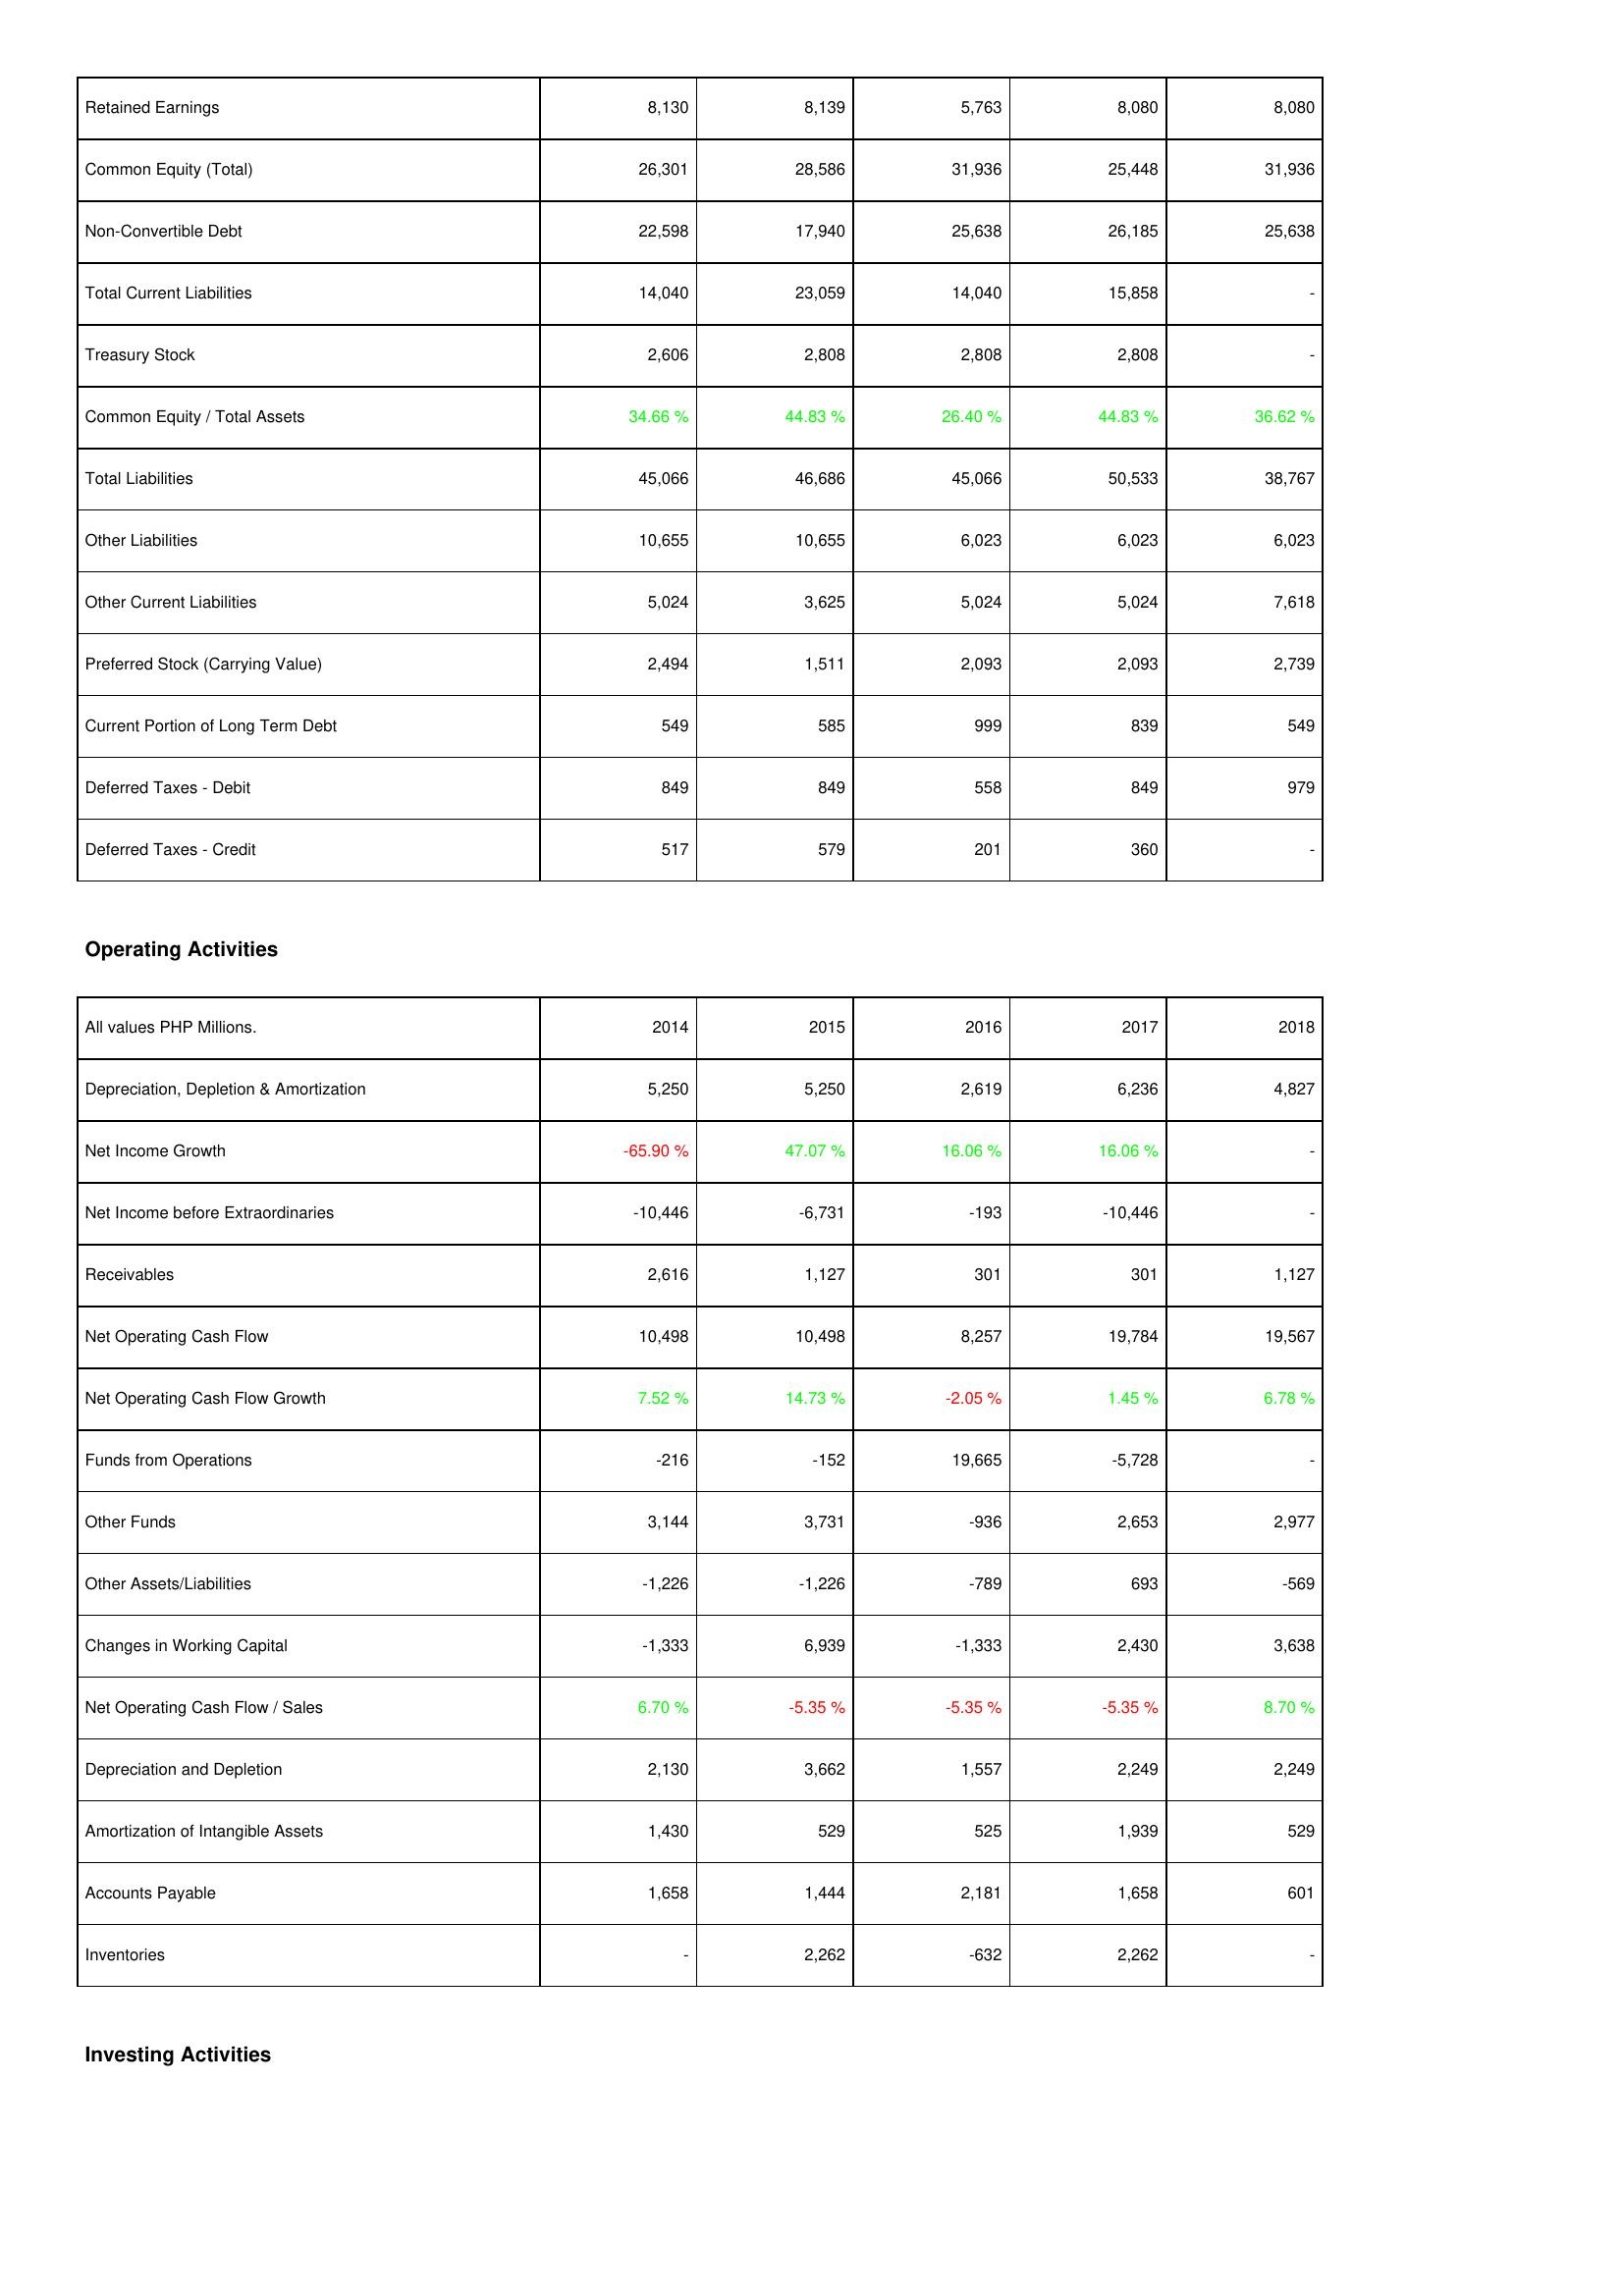
2014: Liabilities & Shareholders' Equity: Retained Earnings: 8,130
Common Equity (Total): 26,301
Non-Convertible Debt: 22,598
Total Current Liabilities: 14,040
Treasury Stock: 2,606
Common Equity / Total Assets: 34.66 %
Total Liabilities: 45,066
Other Liabilities: 10,655
Other Current Liabilities: 5,024
Preferred Stock (Carrying Value): 2,494
Current Portion of Long Term Debt: 549
Deferred Taxes - Debit: 849
Deferred Taxes - Credit: 517
Operating Activities: Depreciation, Depletion & Amortization: 5,250
Net Income Growth: -65.90 %
Net Income before Extraordinaries: -10,446
Receivables: 2,616
Net Operating Cash Flow: 10,498
Net Operating Cash Flow Growth: 7.52 %
Funds from Operations: -216
Other Funds: 3,144
Other Assets/Liabilities: -1,226
Changes in Working Capital: -1,333
Net Operating Cash Flow / Sales: 6.70 %
Depreciation and Depletion: 2,130
Amortization of Intangible Assets: 1,430
Accounts Payable: 1,658
Inventories: -
2015: Liabilities & Shareholders' Equity: Retained Earnings: 8,139
Common Equity (Total): 28,586
Non-Convertible Debt: 17,940
Total Current Liabilities: 23,059
Treasury Stock: 2,808
Common Equity / Total Assets: 44.83 %
Total Liabilities: 46,686
Other Liabilities: 10,655
Other Current Liabilities: 3,625
Preferred Stock (Carrying Value): 1,511
Current Portion of Long Term Debt: 585
Deferred Taxes - Debit: 849
Deferred Taxes - Credit: 579
Operating Activities: Depreciation, Depletion & Amortization: 5,250
Net Income Growth: 47.07 %
Net Income before Extraordinaries: -6,731
Receivables: 1,127
Net Operating Cash Flow: 10,498
Net Operating Cash Flow Growth: 14.73 %
Funds from Operations: -152
Other Funds: 3,731
Other Assets/Liabilities: -1,226
Changes in Working Capital: 6,939
Net Operating Cash Flow / Sales: -5.35 %
Depreciation and Depletion: 3,662
Amortization of Intangible Assets: 529
Accounts Payable: 1,444
Inventories: 2,262
2016: Liabilities & Shareholders' Equity: Retained Earnings: 5,763
Common Equity (Total): 31,936
Non-Convertible Debt: 25,638
Total Current Liabilities: 14,040
Treasury Stock: 2,808
Common Equity / Total Assets: 26.40 %
Total Liabilities: 45,066
Other Liabilities: 6,023
Other Current Liabilities: 5,024
Preferred Stock (Carrying Value): 2,093
Current Portion of Long Term Debt: 999
Deferred Taxes - Debit: 558
Deferred Taxes - Credit: 201
Operating Activities: Depreciation, Depletion & Amortization: 2,619
Net Income Growth: 16.06 %
Net Income before Extraordinaries: -193
Receivables: 301
Net Operating Cash Flow: 8,257
Net Operating Cash Flow Growth: -2.05 %
Funds from Operations: 19,665
Other Funds: -936
Other Assets/Liabilities: -789
Changes in Working Capital: -1,333
Net Operating Cash Flow / Sales: -5.35 %
Depreciation and Depletion: 1,557
Amortization of Intangible Assets: 525
Accounts Payable: 2,181
Inventories: -632
2017: Liabilities & Shareholders' Equity: Retained Earnings: 8,080
Common Equity (Total): 25,448
Non-Convertible Debt: 26,185
Total Current Liabilities: 15,858
Treasury Stock: 2,808
Common Equity / Total Assets: 44.83 %
Total Liabilities: 50,533
Other Liabilities: 6,023
Other Current Liabilities: 5,024
Preferred Stock (Carrying Value): 2,093
Current Portion of Long Term Debt: 839
Deferred Taxes - Debit: 849
Deferred Taxes - Credit: 360
Operating Activities: Depreciation, Depletion & Amortization: 6,236
Net Income Growth: 16.06 %
Net Income before Extraordinaries: -10,446
Receivables: 301
Net Operating Cash Flow: 19,784
Net Operating Cash Flow Growth: 1.45 %
Funds from Operations: -5,728
Other Funds: 2,653
Other Assets/Liabilities: 693
Changes in Working Capital: 2,430
Net Operating Cash Flow / Sales: -5.35 %
Depreciation and Depletion: 2,249
Amortization of Intangible Assets: 1,939
Accounts Payable: 1,658
Inventories: 2,262
2018: Liabilities & Shareholders' Equity: Retained Earnings: 8,080
Common Equity (Total): 31,936
Non-Convertible Debt: 25,638
Total Current Liabilities: -
Treasury Stock: -
Common Equity / Total Assets: 36.62 %
Total Liabilities: 38,767
Other Liabilities: 6,023
Other Current Liabilities: 7,618
Preferred Stock (Carrying Value): 2,739
Current Portion of Long Term Debt: 549
Deferred Taxes - Debit: 979
Deferred Taxes - Credit: -
Operating Activities: Depreciation, Depletion & Amortization: 4,827
Net Income Growth: -
Net Income before Extraordinaries: -
Receivables: 1,127
Net Operating Cash Flow: 19,567
Net Operating Cash Flow Growth: 6.78 %
Funds from Operations: -
Other Funds: 2,977
Other Assets/Liabilities: -569
Changes in Working Capital: 3,638
Net Operating Cash Flow / Sales: 8.70 %
Depreciation and Depletion: 2,249
Amortization of Intangible Assets: 529
Accounts Payable: 601
Inventories: -